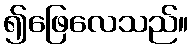
၍ဖြေလေသည်။